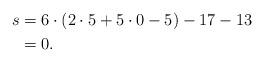
LaTeX: \begin{align*}s = & \;6 \cdot (2\cdot5 + 5 \cdot0 - 5) - 17-13\\= & \;0.\end{align*}